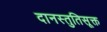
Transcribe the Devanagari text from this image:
दानस्तुतिसूक्त